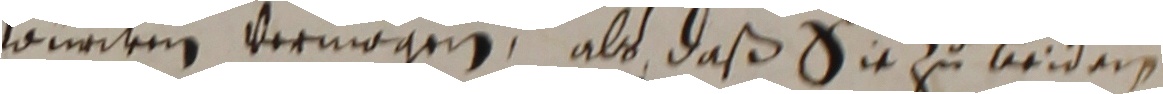
wurdem vermogen, als daß sie zu beiden